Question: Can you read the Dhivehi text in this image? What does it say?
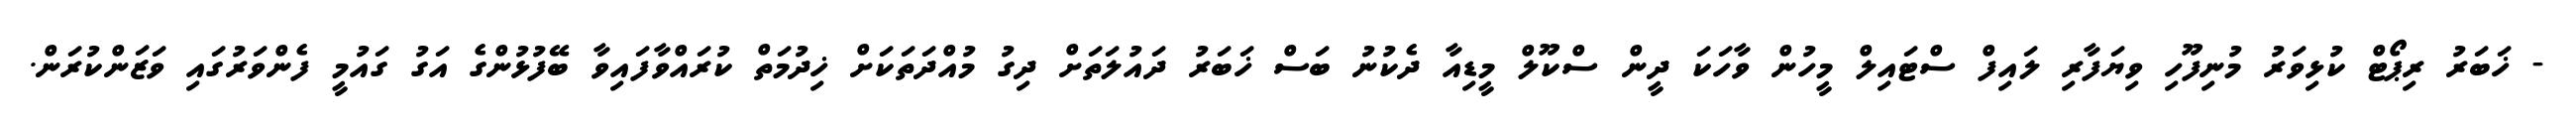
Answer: - ޚަބަރު ރިޕޯޓް ކުޅިވަރު މުނިފޫހި ވިޔަފާރި ލައިފް ސްޓައިލް މީހުން ވާހަކަ ދީން ސްކޫލް މީޑިއާ ދެކުނު ބަސް ޚަބަރު ދައުލަތަށް ދިގު މުއްދަތަކަށް ޚިދުމަތް ކުރައްވާފައިވާ ބޭފުޅުންގެ އަގު ގައުމީ ފެންވަރުގައި ވަޒަންކުރަން.